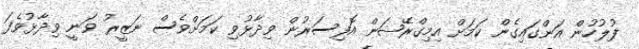
ފުލުހުން އަންގައިގެން ކަމަށް އިމިގްރޭޝަން އޮފިސަރުން ވިދާޅުވި ކަމަށްވެސް ނަޒީރު ވަނީ ވިދާޅުވެފަ